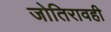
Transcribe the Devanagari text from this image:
जोतिरावही